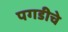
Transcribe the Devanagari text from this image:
पगडीचे